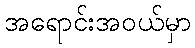
အရောင်းအဝယ်မှာ